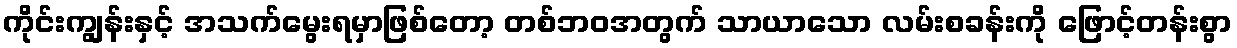
ကိုင်းကျွန်းနှင့် အသက်မွေးရမှာဖြစ်တော့ တစ်ဘဝအတွက် သာယာသော လမ်းစခန်းကို ဖြောင့်တန်းစွာ